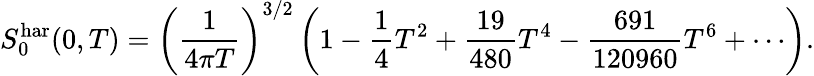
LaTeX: S_{0}^{\mathrm{har}}(0,T)=\left(\frac{1}{4\pi T}\right)^{3/2}\left(1-\frac{1}{4}T^{2}+\frac{19}{480}T^{4}-\frac{691}{120960}T^{6}+\cdots\right).